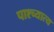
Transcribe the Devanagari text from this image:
पाश्च्यात्य